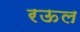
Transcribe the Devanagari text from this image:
रऊल